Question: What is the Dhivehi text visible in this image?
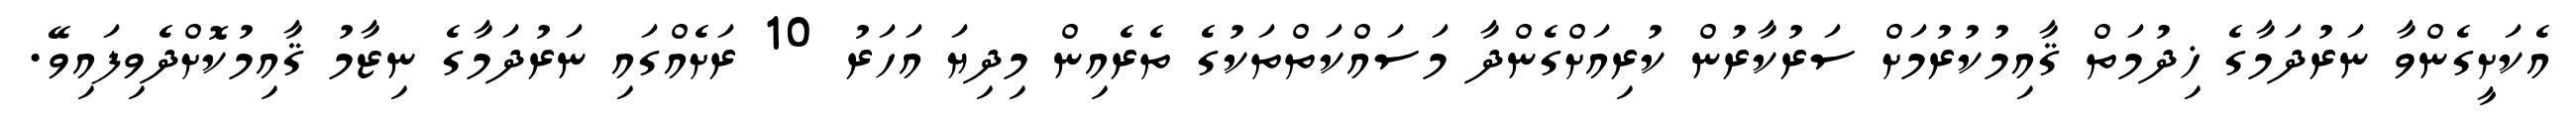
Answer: އެކަށީގެންވާ ނަރުދަމާގެ ޚިދުމަތް ޤާއިމުކުރުމަށް ސަރުކާރުން ކުރިއަށްގެންދާ މަސައްކަތްތަކުގެ ތެރެއިން މިދިޔަ އަހަރު 10 ރަށެއްގައި ނަރުދަމާގެ ނިޒާމު ޤާއިމުކޮށްދެވިފައިވޭ.